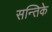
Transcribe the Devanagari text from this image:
सन्तिके